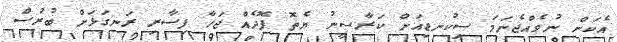
އެކަން ނުވެއްޖެނަމަ ސިކުނޑިއަށް ކަރާސީނު ޔެތޮ ފޮދެއް ޖަހާ ފިސާރި ރަނގަޅަށް ބުރުސް